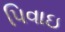
પિવાઇ